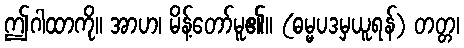
ဤဂါထာကို။ အာဟ၊ မိန့်တော်မူ၏။ (ဓမ္မပဒမှယူရန်) တတ္တ၊